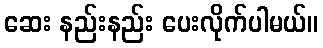
ဆေး နည်းနည်း ပေးလိုက်ပါမယ်။